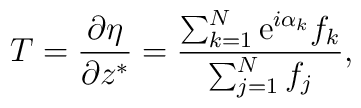
T = {\partial \eta \over \partial z^*} = {\sum_{k=1}^N {\rm e}^{i\alpha_k} f_k \over \sum_{j=1}^N f_j},